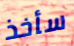
سأخذ